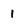
Character: 1